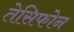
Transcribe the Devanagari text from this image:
तेसिफोन